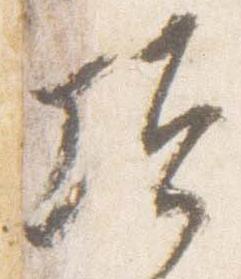
頃